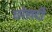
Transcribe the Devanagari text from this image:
छोलदी